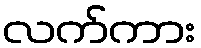
လက်ကား